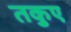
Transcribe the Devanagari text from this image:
तकुए